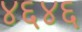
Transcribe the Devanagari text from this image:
४६४६